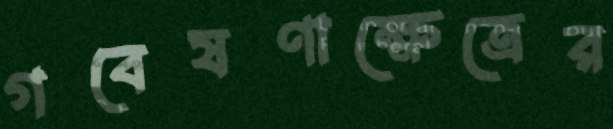
গবেষণাক্ষেত্রের